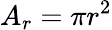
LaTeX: A_{r}=\pi r^{2}